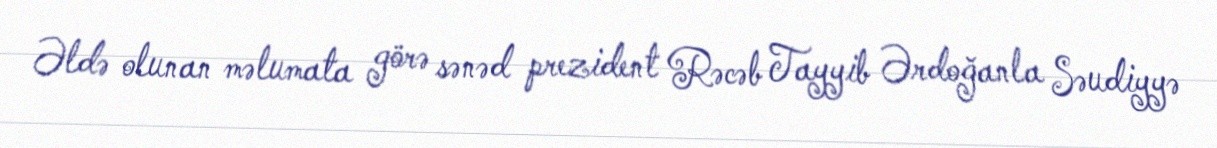
Əldə olunan məlumata görə sənəd prezident Rəcəb Tayyib Ərdoğanla Səudiyyə